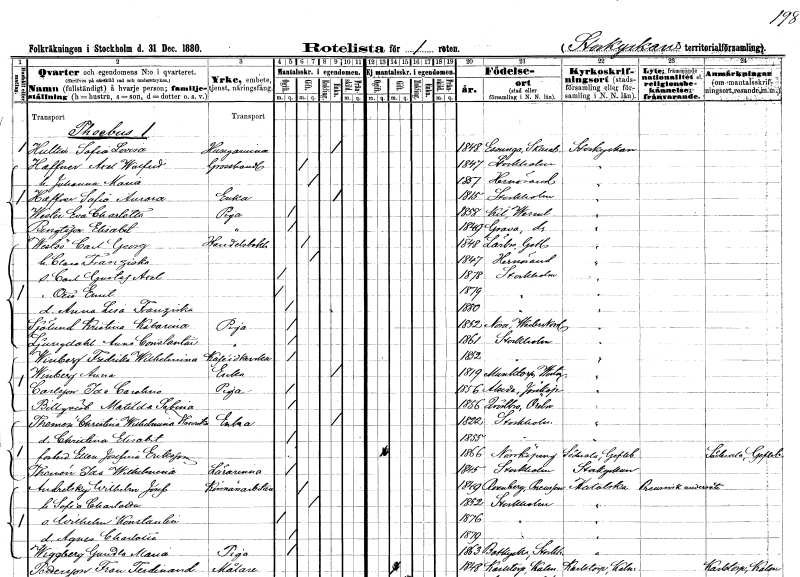
gt_parse: households: individuals: FN: Sofia Lovisa
EN: Hultin
YRKE: Husägarinna
KON: K
CIV: E
FODAR: 1848
FODFORS: Essunga Skaraborgs län
FN: Axel Walfrid
EN: Haffner
YRKE: Grosshandlare
KON: M
CIV: G
FODAR: 1847
FODFORS: Stockholm
FN: Johanna Maria
KON: K
CIV: G
FODAR: 1857
FODFORS: Härnösand Västernorrlands län
FN: Sofia Aurora
EN: Haffner
YRKE: Änka
KON: K
CIV: E
FODAR: 1815
FODFORS: Stockholm
FN: Eva Charlotta
EN: Wester
YRKE: Piga
KON: K
CIV: O
FODAR: 1858
FODFORS: Kil Värmlands län
FN: Elisabet
EN: Bengtsson
YRKE: Piga
KON: K
CIV: O
FODAR: 1849
FODFORS: Grava Värmlands län
FN: Carl Georg
EN: Westöö
YRKE: Handelsbokhållare
KON: M
CIV: G
FODAR: 1848
FODFORS: Lärbro Gotlands län
FN: Clara Franziska
KON: K
CIV: G
FODAR: 1847
FODFORS: Härnösand Västernorrlands län
FN: Carl Gustaf Axel
KON: M
CIV: O
FODAR: 1878
FODFORS: Stockholm
FN: Otto Emil
KON: M
CIV: O
FODAR: 1879
FODFORS: Stockholm
FN: Anna Lisa Franziska
KON: K
CIV: O
FODAR: 1880
FODFORS: Stockholm
FN: Kristina Katarina
EN: Sjölund
YRKE: Piga
KON: K
CIV: O
FODAR: 1852
FODFORS: Nora Västernorrlands län
FN: Anna Constantia
EN: Ljungdahl
YRKE: Piga
KON: K
CIV: O
FODAR: 1861
FODFORS: Stockholm
FN: Fredrika Wilhelmina
EN: Winberg
YRKE: Kaféidkerska
KON: K
CIV: O
FODAR: 1852
FODFORS: Stockholm
FN: Anna
EN: Winberg
YRKE: Änka
KON: K
CIV: E
FODAR: 1819
FODFORS: Munktorp Västmanlands län
FN: Ida Carolina
EN: Carlsson
YRKE: Piga
KON: K
CIV: O
FODAR: 1856
FODFORS: Alseda Jönköpings län
FN: Matilda Sabina
EN: Billqvist
KON: K
CIV: O
FODAR: 1856
FODFORS: Kvistbro Örebro län
FN: Christina Wilhelmina Henrika
EN: Themén
YRKE: Änka
KON: K
CIV: E
FODAR: 1822
FODFORS: Stockholm
FN: Christina Elisabet
KON: K
CIV: O
FODAR: 1855
FODFORS: Stockholm
FN: Ellen Josefina
EN: Eriksson
KON: K
CIV: O
FODAR: 1866
FODFORS: Norrköping Östergötlands län
FN: Ida Wilhelmina
EN: Themén
YRKE: Lärarinna
KON: K
CIV: O
FODAR: 1845
FODFORS: Stockholm
FN: Wilhelm Josef
EN: Andretsky
YRKE: Körsnärsarbetare
KON: M
CIV: G
FODAR: 1849
FN: Sofia Charlotta
KON: K
CIV: G
FODAR: 1852
FODFORS: Stockholm
FN: Wilhelm Konstantin
KON: M
CIV: O
FODAR: 1876
FODFORS: Stockholm